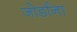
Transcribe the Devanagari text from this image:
जोर्डाना